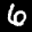
Label: 6